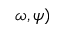
\omega , \psi )